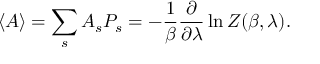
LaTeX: \langle A \rangle = \sum _ { s } A _ { s } P _ { s } = - { \frac { 1 } { \beta } } { \frac { \partial } { \partial \lambda } } \ln Z ( \beta , \lambda ) .